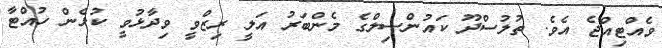
ވެއްޓިއްޖެ އެވެ. ތުލުސްދޫ ކައުންސިލްގެ މެންބަރު އަލީ ރިޒްވީ ވިދާޅުވީ ކުޅެން ހުއްޓާ